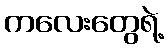
ကလေးတွေရဲ့